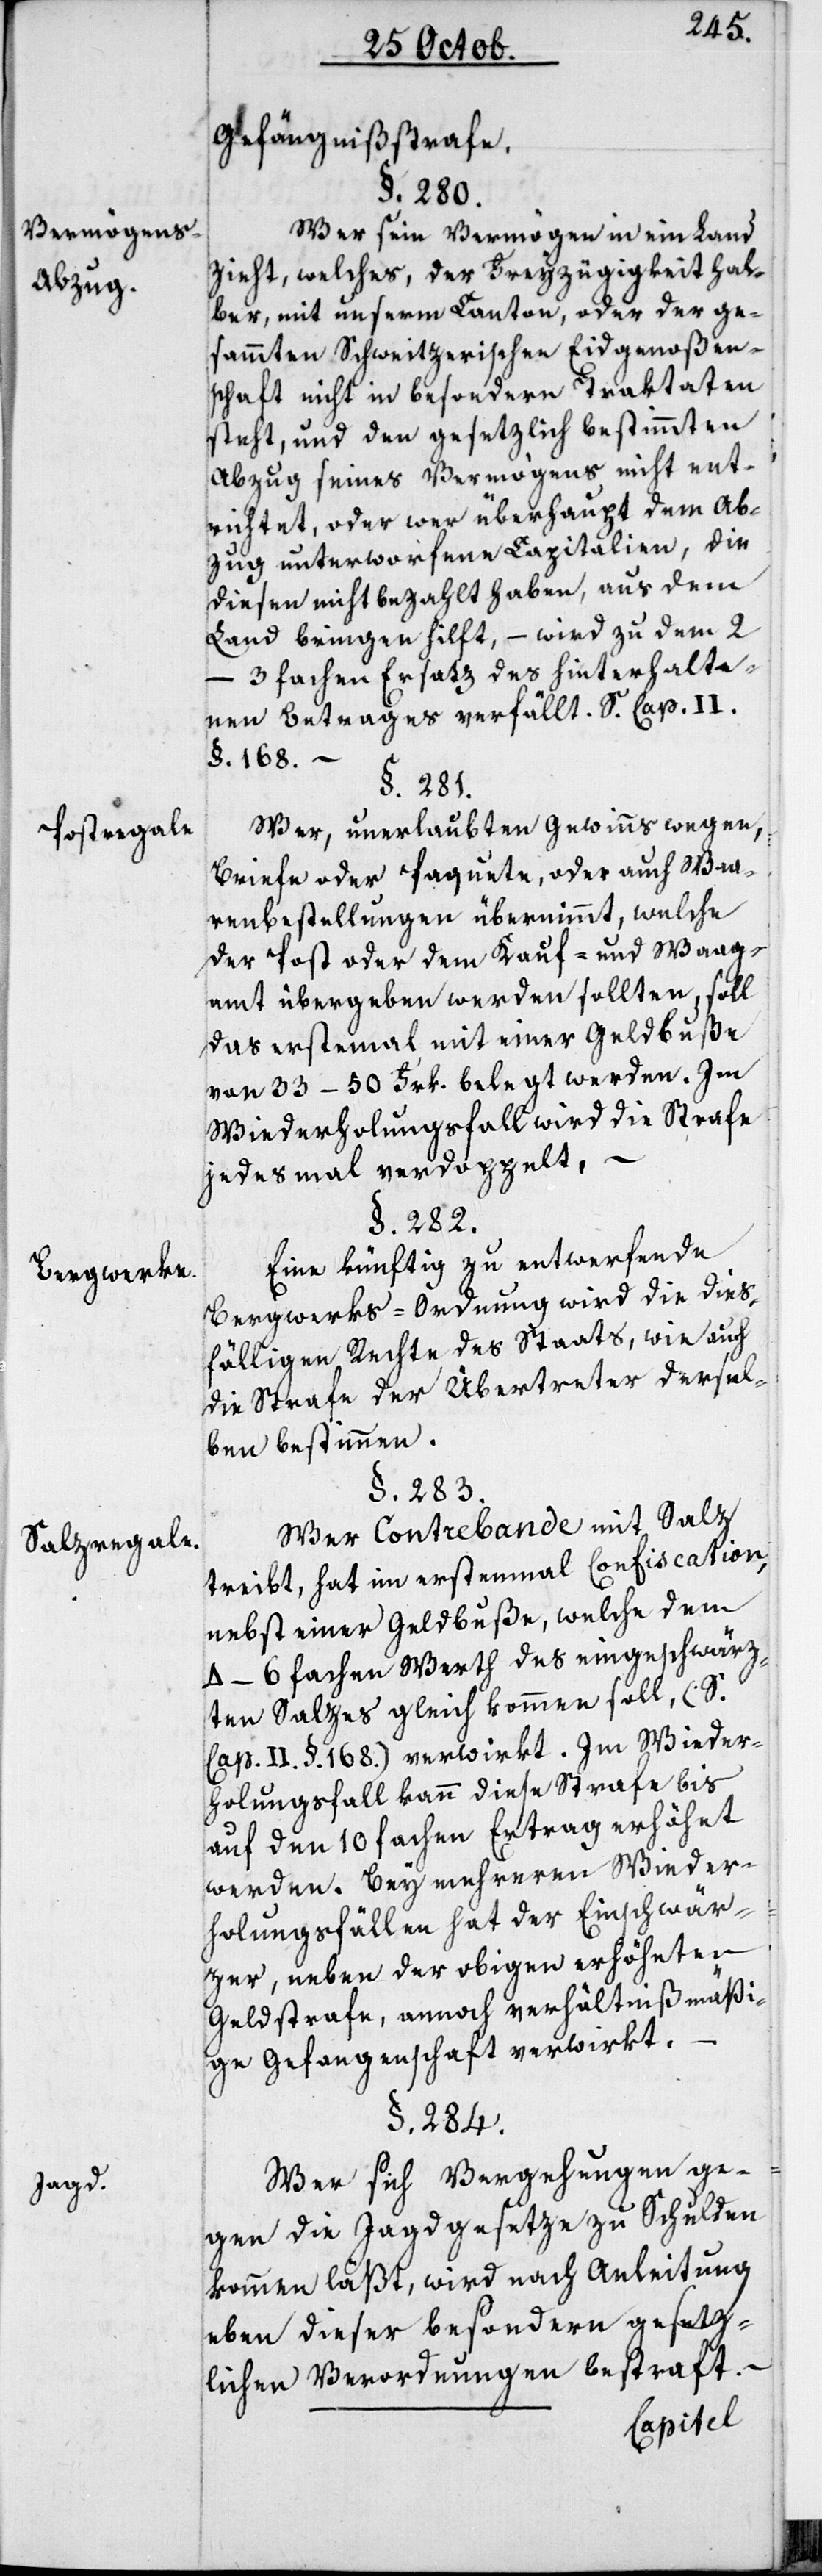
Vermögens-A¬
bzug.
Postregale.
Bergwerke.
Salzregale.
Jagd.

Gefängnißstrafe.
§. 280.
Wer sein Vermögen in ein Land
zieht, welches der Freyzügigkeit hal¬
ber mit unserm Canton, oder der ge¬
sammten Schweitzerischen Eidgenoßen¬
schaft nicht in besondern Traktaten
steht, und den gesetzlich bestimmten
Abzug seines Vermögens nicht ent¬
richtet, oder wer überhaupt dem Ab¬
zug unterworfene Capitalien, die
diesen nicht bezahlt haben, aus dem
Land bringen hilft, – wird zu dem
2–3 fachen Ersatz des hinterhalte¬
nen Betrages verfällt. S. Cap. II.
§. 168.
§. 284.
Wer, unerlaubten Gewinns wegen,
Briefe oder Paquete, oder auch Waa¬
renbestellungen übernimmt, welche
der Post oder dem Kauf- und Waag¬
amt übergeben werden sollten, soll
das erstemal mit einer Geldbuße
von 33–50. Frk. belegt werden. Im
Wiederholungsfall wird die Strafe
jedes Mal verdoppelt. –
§. 282.
Eine künftig zu entwerfende
Bergwerks-Ordnung wird die dieß¬
fälligen Rechte des Staats, wie auch
die Strafe der Übertreter dersel¬
ben bestimmen.
§. 283.
Wer Contrebande mit Salz
treibt, hat im erstenmal Confiscation
nebst einer Geldbuße, welche dem
4–6 fachen Werth des eingeschwärz¬
ten Salzes gleichkommen soll, (S.
Cap. II. §. 168.) verwirkt. Im Wieder¬
holungsfall kann diese Strafe bis
auf den 10 fachen Ertrag erhöht
werden. Bei mehreren Wieder¬
holungsfällen hat der Einschwär¬
zer, neben der obigen erhöhten
Geldstrafe, annoch verhältnißmäßi¬
ge Gefangenschaft verwirkt.
Wer sich Vergehungen ge¬
gen die Jagdgesetze zu Schulden
kommen läßt, wird nach Anleitung
eben dieser besondern gesetz¬
lichen Verordnungen bestraft.